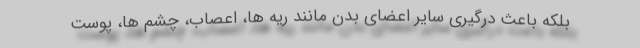
بلکه باعث درگیری سایر اعضای بدن مانند ریه ها، اعصاب، چشم ها، پوست